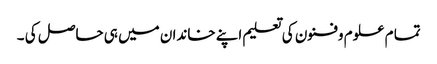
تما م علوم وفنون کی تعلیم اپنے خاندان میں ہی حاصل کی ۔